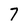
Character: 7